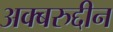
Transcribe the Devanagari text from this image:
अक्बरुद्दीन